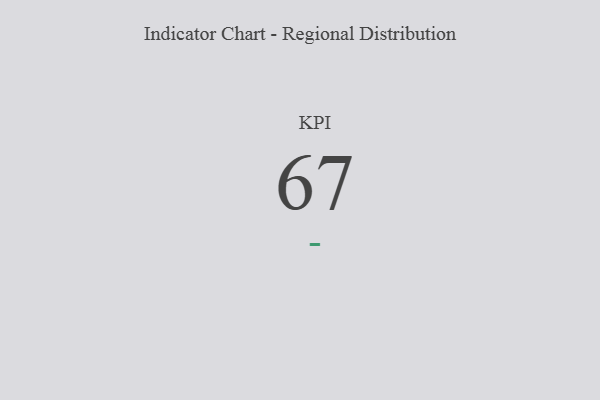
{"axis": {"x": "KPI", "y": "Value"}, "legend": [""], "data": [{"x": "KPI", "y": 67, "type": ""}]}